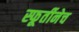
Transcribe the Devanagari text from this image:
स्फूर्तीनेच